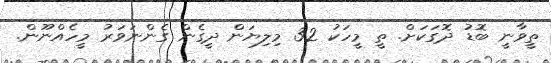
ތީވާނީ ބޮޑު ދޮގަކަށް. ތީ މީހަކު 32 މިލިޔަން ދީގެން ގެންނަވަރު މީހެއްނޫން.